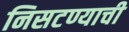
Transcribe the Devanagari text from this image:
निसटण्याची